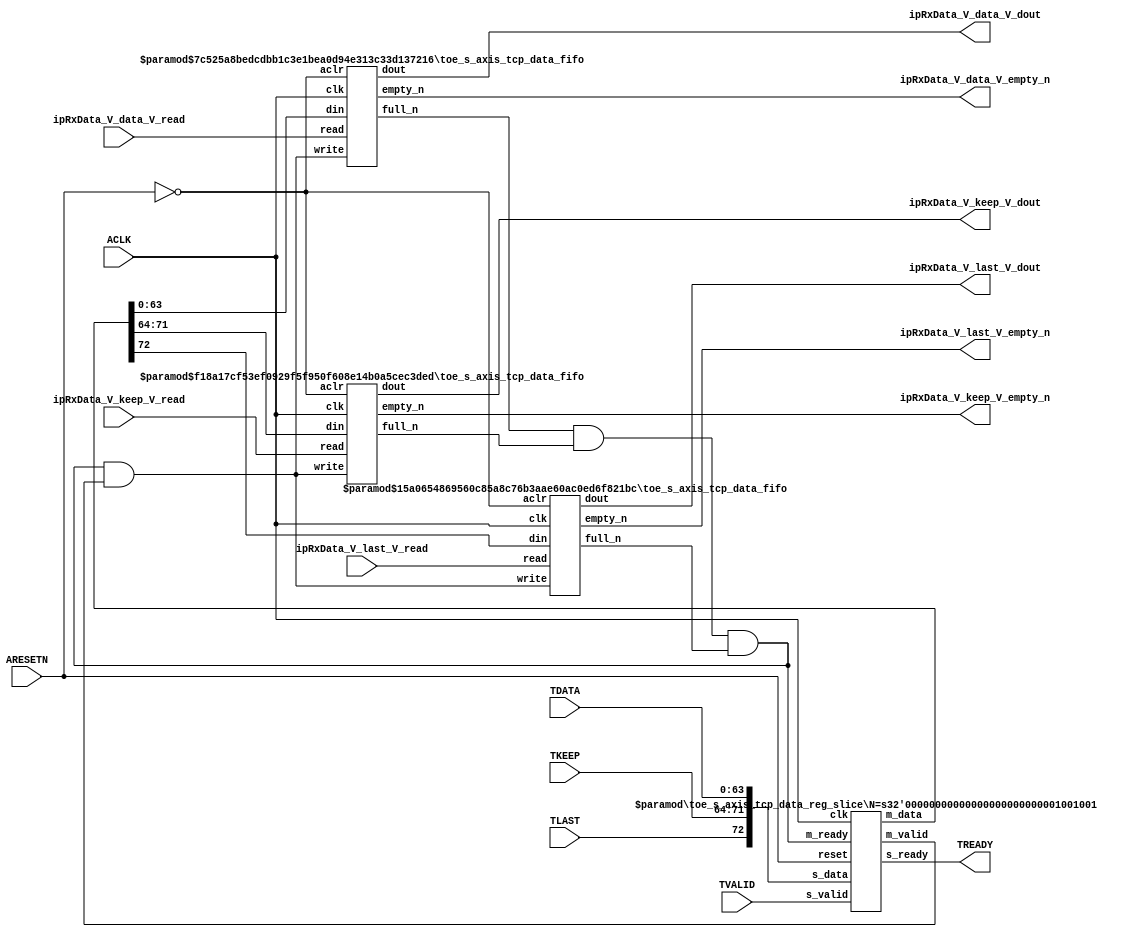
// ==============================================================
// File generated by Vivado(TM) HLS - High-Level Synthesis from C, C++ and SystemC
// Version: 2015.1
// Copyright (C) 2015 Xilinx Inc. All rights reserved.
// 
// ==============================================================


`timescale 1ns/1ps

module toe_s_axis_tcp_data_if (
    // AXI4-Stream singals
    input  wire        ACLK,
    input  wire        ARESETN,
    input  wire        TVALID,
    output wire        TREADY,
    input  wire [63:0] TDATA,
    input  wire [7:0]  TKEEP,
    input  wire [0:0]  TLAST,
    // User signals
    output wire [63:0] ipRxData_V_data_V_dout,
    output wire        ipRxData_V_data_V_empty_n,
    input  wire        ipRxData_V_data_V_read,
    output wire [7:0]  ipRxData_V_keep_V_dout,
    output wire        ipRxData_V_keep_V_empty_n,
    input  wire        ipRxData_V_keep_V_read,
    output wire [0:0]  ipRxData_V_last_V_dout,
    output wire        ipRxData_V_last_V_empty_n,
    input  wire        ipRxData_V_last_V_read
);
//------------------------Local signal-------------------
// FIFO
wire [0:0]  fifo_write;
wire [0:0]  fifo_full_n;
wire [63:0] ipRxData_V_data_V_din;
wire [0:0]  ipRxData_V_data_V_full_n;
wire [7:0]  ipRxData_V_keep_V_din;
wire [0:0]  ipRxData_V_keep_V_full_n;
wire [0:0]  ipRxData_V_last_V_din;
wire [0:0]  ipRxData_V_last_V_full_n;
// register slice
wire [0:0]  s_valid;
wire [0:0]  s_ready;
wire [72:0] s_data;
wire [0:0]  m_valid;
wire [0:0]  m_ready;
wire [72:0] m_data;

//------------------------Instantiation------------------
// rs
toe_s_axis_tcp_data_reg_slice #(
    .N       ( 73 )
) rs (
    .clk     ( ACLK ),
    .reset   ( ARESETN ),
    .s_data  ( s_data ),
    .s_valid ( s_valid ),
    .s_ready ( s_ready ),
    .m_data  ( m_data ),
    .m_valid ( m_valid ),
    .m_ready ( m_ready )
);

// ipRxData_V_data_V_fifo
toe_s_axis_tcp_data_fifo #(
    .DATA_BITS  ( 64 ),
    .DEPTH_BITS ( 4 )
) ipRxData_V_data_V_fifo (
    .clk        ( ACLK ),
    .aclr       ( ~ARESETN ),
    .empty_n    ( ipRxData_V_data_V_empty_n ),
    .full_n     ( ipRxData_V_data_V_full_n ),
    .read       ( ipRxData_V_data_V_read ),
    .write      ( fifo_write ),
    .dout       ( ipRxData_V_data_V_dout ),
    .din        ( ipRxData_V_data_V_din )
);

// ipRxData_V_keep_V_fifo
toe_s_axis_tcp_data_fifo #(
    .DATA_BITS  ( 8 ),
    .DEPTH_BITS ( 4 )
) ipRxData_V_keep_V_fifo (
    .clk        ( ACLK ),
    .aclr       ( ~ARESETN ),
    .empty_n    ( ipRxData_V_keep_V_empty_n ),
    .full_n     ( ipRxData_V_keep_V_full_n ),
    .read       ( ipRxData_V_keep_V_read ),
    .write      ( fifo_write ),
    .dout       ( ipRxData_V_keep_V_dout ),
    .din        ( ipRxData_V_keep_V_din )
);

// ipRxData_V_last_V_fifo
toe_s_axis_tcp_data_fifo #(
    .DATA_BITS  ( 1 ),
    .DEPTH_BITS ( 4 )
) ipRxData_V_last_V_fifo (
    .clk        ( ACLK ),
    .aclr       ( ~ARESETN ),
    .empty_n    ( ipRxData_V_last_V_empty_n ),
    .full_n     ( ipRxData_V_last_V_full_n ),
    .read       ( ipRxData_V_last_V_read ),
    .write      ( fifo_write ),
    .dout       ( ipRxData_V_last_V_dout ),
    .din        ( ipRxData_V_last_V_din )
);

//------------------------Body---------------------------
//++++++++++++++++++++++++AXI4-Stream++++++++++++++++++++
assign TREADY = s_ready;

//+++++++++++++++++++++++++++++++++++++++++++++++++++++++

//++++++++++++++++++++++++Reigister Slice++++++++++++++++
assign s_valid = TVALID;
assign m_ready = fifo_full_n;
assign s_data  = {TLAST[0:0], TKEEP[7:0], TDATA[63:0]};

//+++++++++++++++++++++++++++++++++++++++++++++++++++++++

//++++++++++++++++++++++++FIFO+++++++++++++++++++++++++++
assign fifo_write            = fifo_full_n & m_valid;
assign ipRxData_V_data_V_din = m_data[63:0];
assign ipRxData_V_keep_V_din = m_data[71:64];
assign ipRxData_V_last_V_din = m_data[72:72];
assign fifo_full_n           = ipRxData_V_data_V_full_n & ipRxData_V_keep_V_full_n & ipRxData_V_last_V_full_n;

//+++++++++++++++++++++++++++++++++++++++++++++++++++++++

endmodule



`timescale 1ns/1ps

module toe_s_axis_tcp_data_fifo
#(parameter
    DATA_BITS  = 8,
    DEPTH_BITS = 4
)(
    input  wire                 clk,
    input  wire                 aclr,
    output wire                 empty_n,
    output wire                 full_n,
    input  wire                 read,
    input  wire                 write,
    output wire [DATA_BITS-1:0] dout,
    input  wire [DATA_BITS-1:0] din
);
//------------------------Parameter----------------------
localparam
    DEPTH = 1 << DEPTH_BITS;
//------------------------Local signal-------------------
reg                   empty;
reg                   full;
reg  [DEPTH_BITS-1:0] index;
reg  [DATA_BITS-1:0]  mem[0:DEPTH-1];
//------------------------Body---------------------------
assign empty_n = ~empty;
assign full_n  = ~full;
assign dout    = mem[index];

// empty
always @(posedge clk or posedge aclr) begin
    if (aclr)
        empty <= 1'b1;
    else if (empty & write & ~read)
        empty <= 1'b0;
    else if (~empty & ~write & read & (index==1'b0))
        empty <= 1'b1;
end

// full
always @(posedge clk or posedge aclr) begin
    if (aclr)
        full <= 1'b0;
    else if (full & read & ~write)
        full <= 1'b0;
    else if (~full & ~read & write & (index==DEPTH-2'd2))
        full <= 1'b1;
end

// index
always @(posedge clk or posedge aclr) begin
    if (aclr)
        index <= {DEPTH_BITS{1'b1}};
    else if (~empty & ~write & read)
        index <= index - 1'b1;
    else if (~full & ~read & write)
        index <= index + 1'b1;
end

// mem
always @(posedge clk) begin
    if (~full & write) mem[0] <= din;
end

genvar i;
generate
    for (i = 1; i < DEPTH; i = i + 1) begin : gen_sr
        always @(posedge clk) begin
            if (~full & write) mem[i] <= mem[i-1];
        end
    end
endgenerate

endmodule

`timescale 1ns/1ps

module toe_s_axis_tcp_data_reg_slice
#(parameter
    N = 8   // data width
) (
    // system signals
    input  wire         clk,
    input  wire         reset,
    // slave side
    input  wire [N-1:0] s_data,
    input  wire         s_valid,
    output wire         s_ready,
    // master side
    output wire [N-1:0] m_data,
    output wire         m_valid,
    input  wire         m_ready
);
//------------------------Parameter----------------------
// state
localparam [1:0]
    ZERO = 2'b10,
    ONE  = 2'b11,
    TWO  = 2'b01;
//------------------------Local signal-------------------
reg  [N-1:0] data_p1;
reg  [N-1:0] data_p2;
wire         load_p1;
wire         load_p2;
wire         load_p1_from_p2;
reg          s_ready_t;
reg  [1:0]   state;
reg  [1:0]   next;
//------------------------Body---------------------------
assign s_ready = s_ready_t;
assign m_data  = data_p1;
assign m_valid = state[0];

assign load_p1 = (state == ZERO && s_valid) ||
                 (state == ONE && s_valid && m_ready) ||
                 (state == TWO && m_ready);
assign load_p2 = s_valid & s_ready;
assign load_p1_from_p2 = (state == TWO);

// data_p1
always @(posedge clk) begin
    if (load_p1) begin
        if (load_p1_from_p2)
            data_p1 <= data_p2;
        else
            data_p1 <= s_data;
    end
end

// data_p2
always @(posedge clk) begin
    if (load_p2) data_p2 <= s_data;
end

// s_ready_t
always @(posedge clk) begin
    if (~reset)
        s_ready_t <= 1'b0;
    else if (state == ZERO)
        s_ready_t <= 1'b1;
    else if (state == ONE && next == TWO)
        s_ready_t <= 1'b0;
    else if (state == TWO && next == ONE)
        s_ready_t <= 1'b1;
end

// state
always @(posedge clk) begin
    if (~reset)
        state <= ZERO;
    else
        state <= next;
end

// next
always @(*) begin
    case (state)
        ZERO:
            if (s_valid & s_ready)
                next = ONE;
            else
                next = ZERO;
        ONE:
            if (~s_valid & m_ready)
                next = ZERO;
            else if (s_valid & ~m_ready)
                next = TWO;
            else
                next = ONE;
        TWO:
            if (m_ready)
                next = ONE;
            else
                next = TWO;
        default:
            next = ZERO;
    endcase
end

endmodule